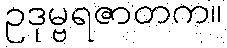
ဥဒုမ္ဗရဇာတက။